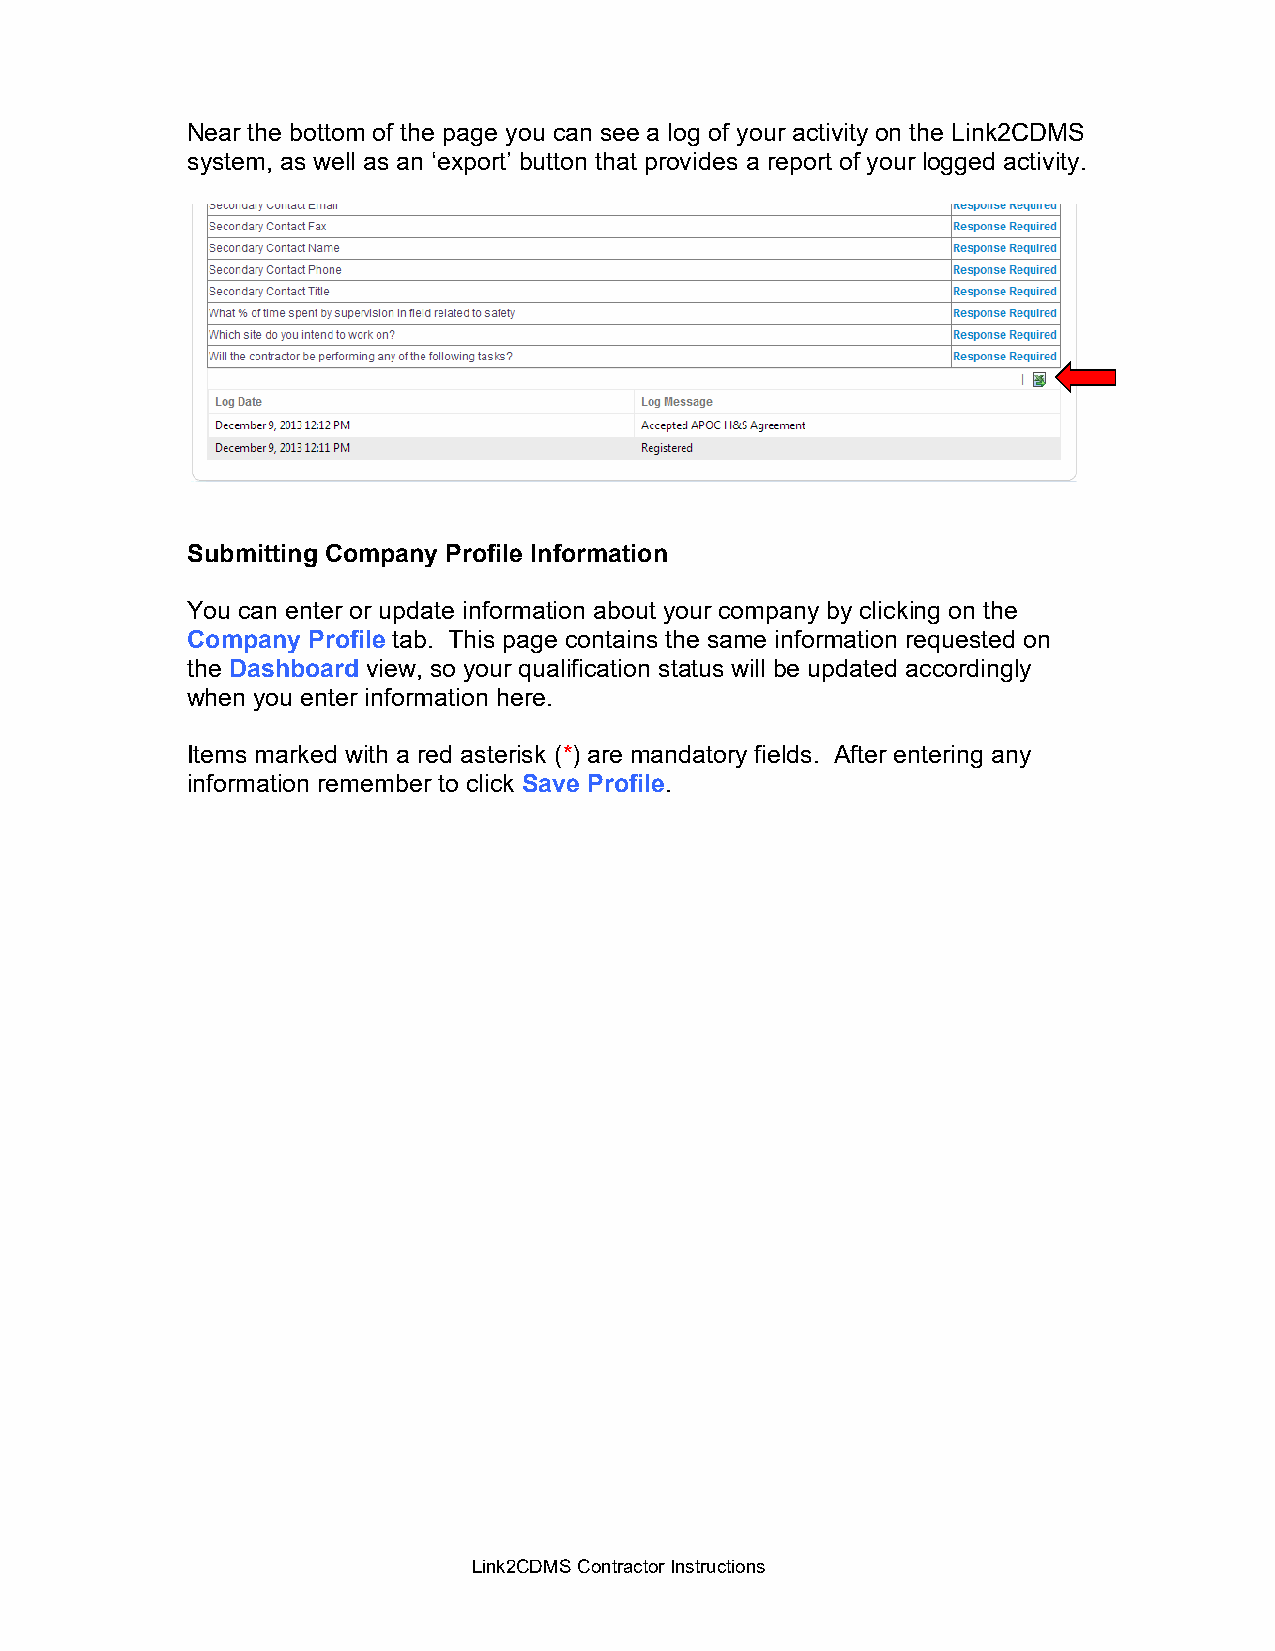
Near the bottom of the page you can see a log of your activity on the Link2CDMS
 system, as well as an ‘export’ button that provides a report of your logged activity.
 Submitting Company Profile Information
 You can enter or update information about your company by clicking on the
 Company Profile tab. This page contains the same information requested on
 the Dashboard view, so your qualification status will be updated accordingly
 when you enter information here.
 Items marked with a red asterisk (*) are mandatory fields. After entering any
 information remember to click Save Profile.
 Link2CDMS Contractor Instructions